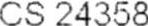
CS 24358